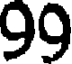
99